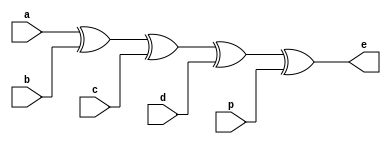
`timescale 1ns / 1ps
module pbc(
input a,b,c,d,p,
output e);
assign e = a^b^c^d^p;
endmodule